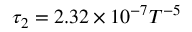
\tau _ { 2 } = 2 . 3 2 \times 1 0 ^ { - 7 } T ^ { - 5 }